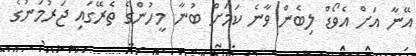
އޭނާ އަށް އެވޯޑް ލިބެން ވާނެ ކަމަށް ބުނާ މީހުންގެ ތެރޭގައި ޖަރުމަނުގެ